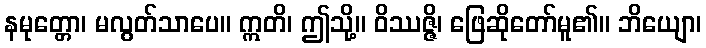
နမုတ္တော၊ မလွတ်သာပေ။ ဣတိ၊ ဤသို့။ ဝိဿဇ္ဇိ၊ ဖြေဆိုတော်မူ၏။ ဘိယျော၊